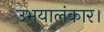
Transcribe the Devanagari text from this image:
उभयालंकार।